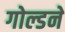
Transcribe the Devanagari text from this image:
गोल्डने